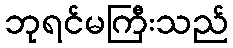
ဘုရင်မကြီးသည်